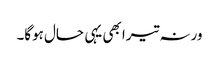
ورنہ تیرا بھی یہی حال ہوگا۔